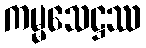
ကမ္မသေဋ္ဌဿ